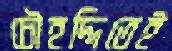
চৌহদ্দিতেই